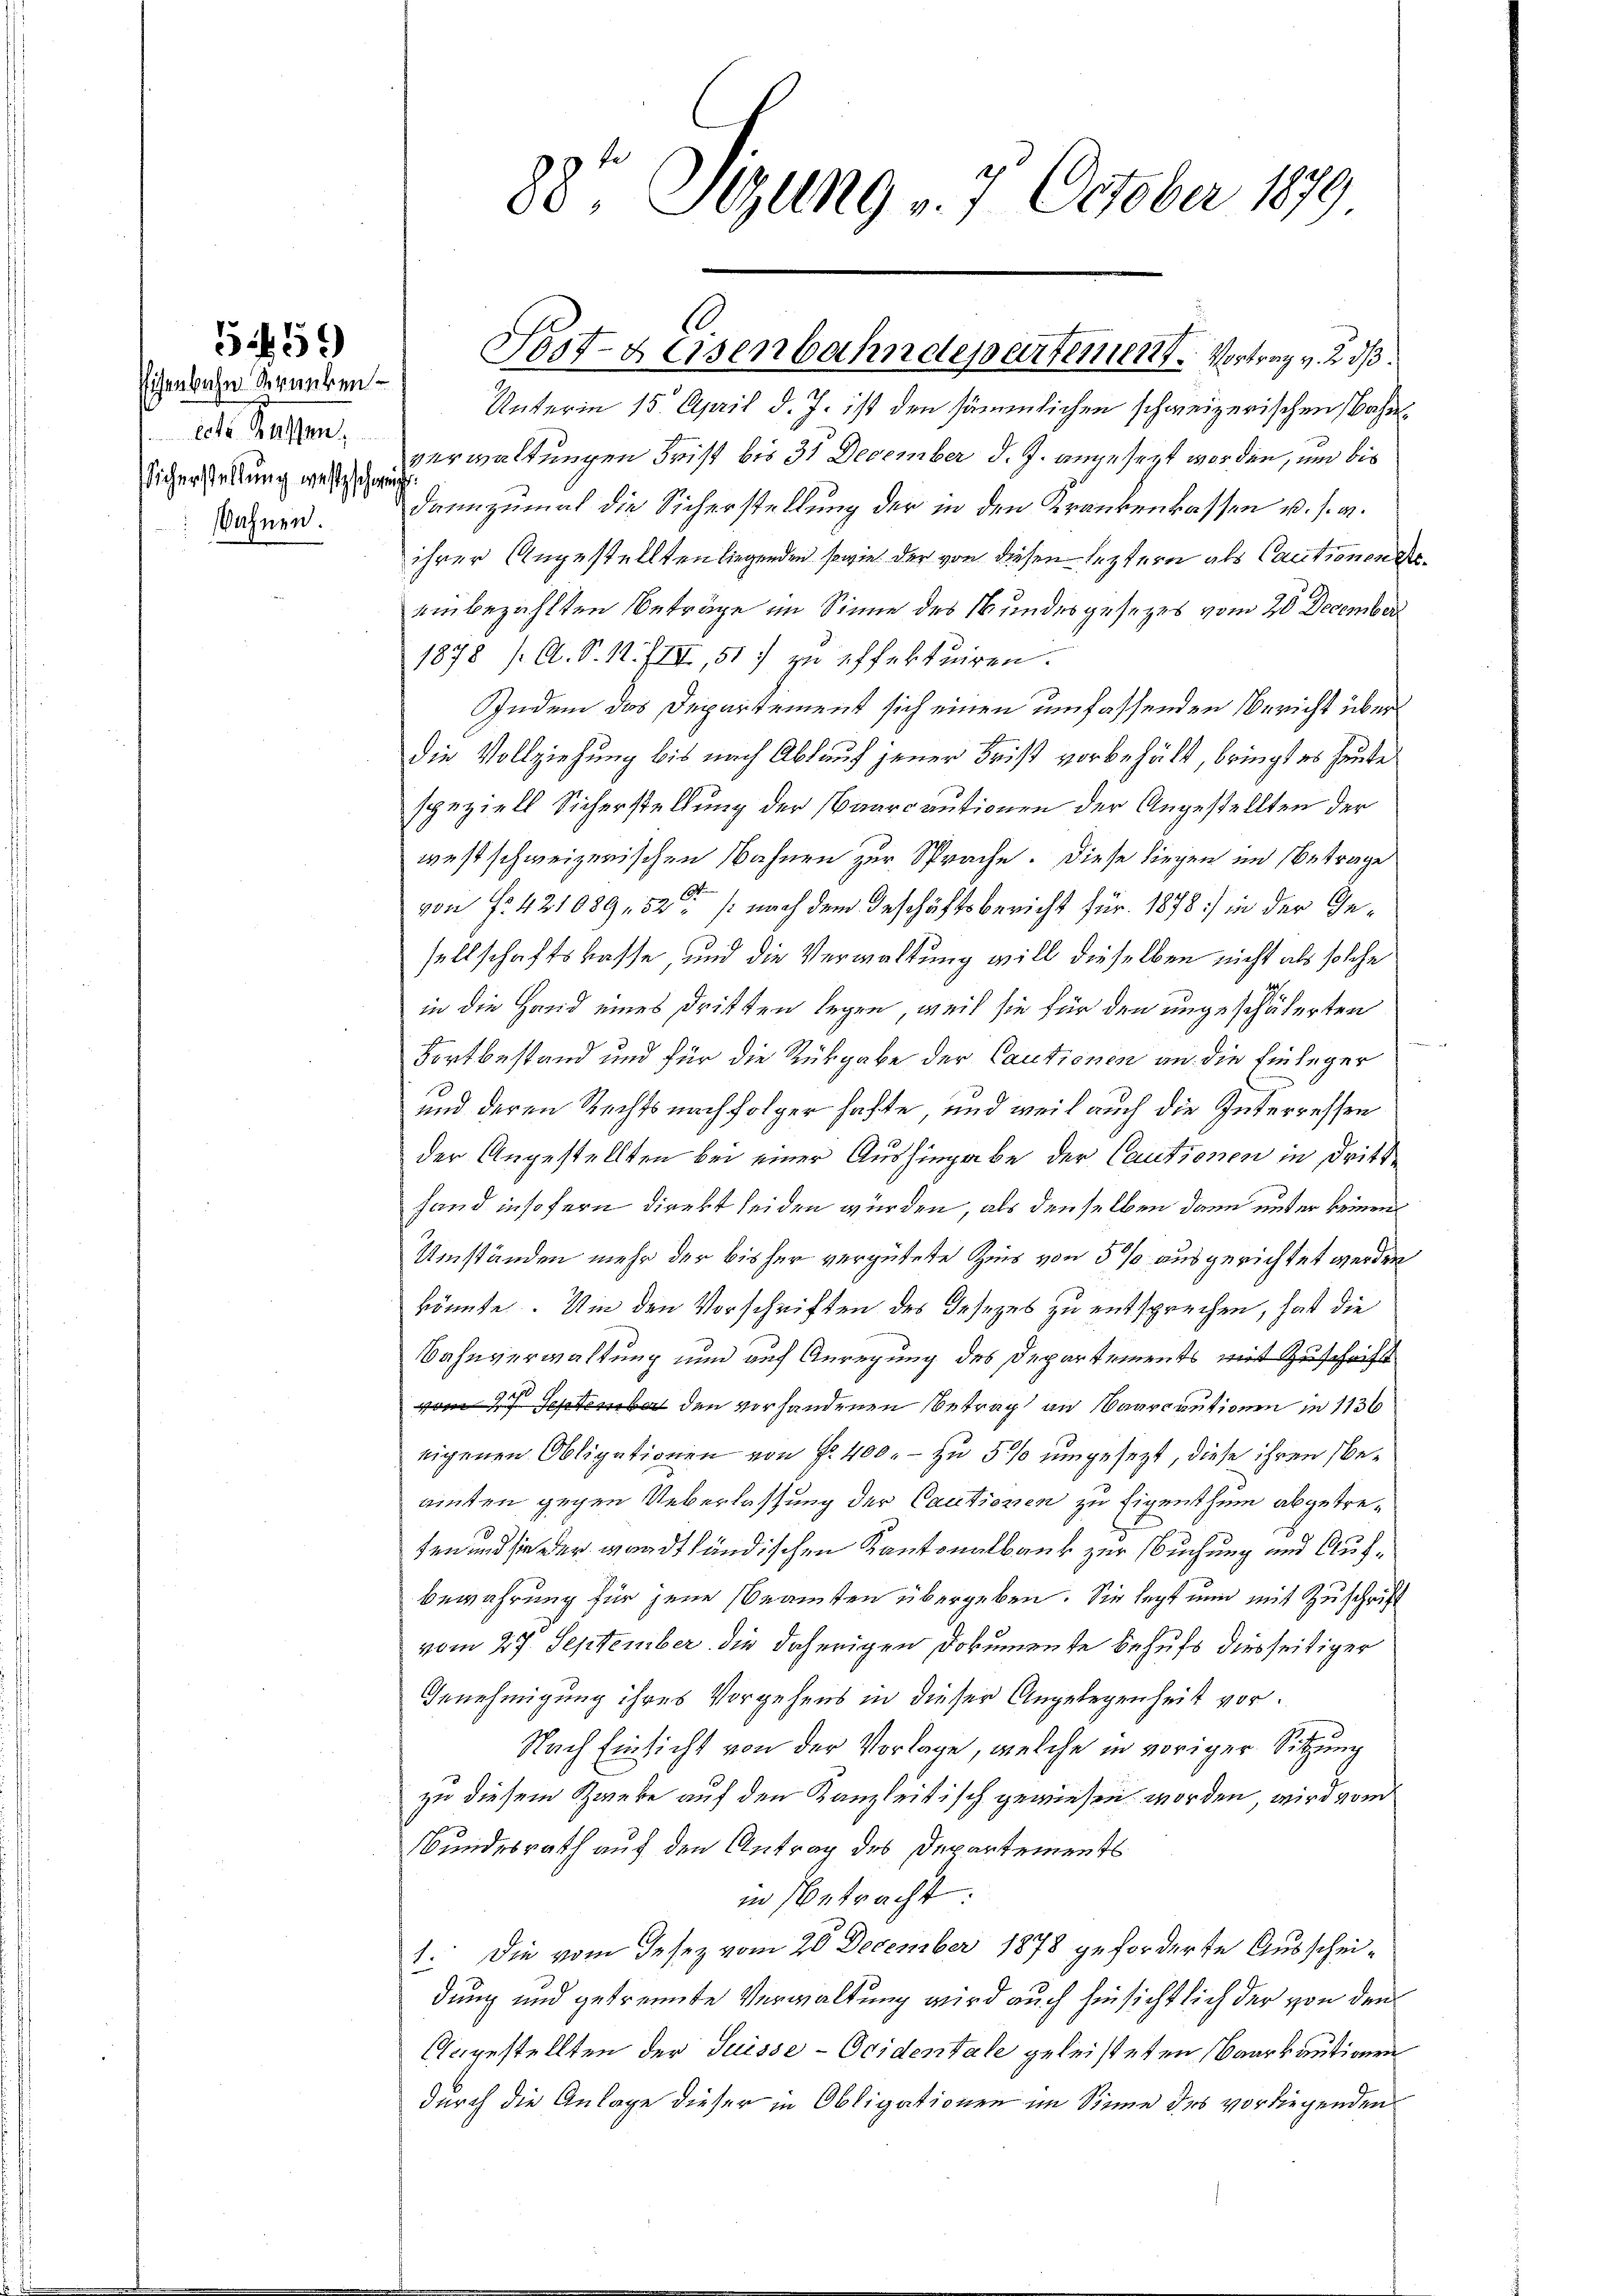
Eisenbahn kranken.
ecte Kassen.
Sicherstellung weste schwei
sahnen.

5459

88te Sitzung 17. October 1899

Unterm 15. April d. J. ist den sämmlichen schweizerischen Bahnverwaltungen Frist bis 31 December d. J. angesezt worden, und bis
dannzumal die Sicherstellung der in den Krankenkassen u. s. v.
ihrer Angestellten liegenden sowie der von diesen leztern als Cautionen de
einbezahlten Beträge im Sinne des Bundesgesetzes vom 20 December
1878 / A. S. 11. IIII, 51) zu effektuiren.
Indem das Departement sich einen umfassenden Bericht überdie Vollziehung bis nach Ablauf jener Frist vorbehält, bringt es heute
speziell Sicherstellung der Baurcautionen der Angestellten der
westschweizerischen Bahnen zur Sprache. Diese liegen im Betrage
von Fr. 421089, 52t /: nach dem Geschäftsbericht für 1878) in der Gesellschaftskasse und die Verwaltung will dieselben nicht als solche
in die Hand eines dritten legen, weil sie für den ungeschäferten
Fortbestand und für die Rückgabe der Cautionen an die Einleger
und deren Rechtsnachfolger hafte, und weil auch die Interressen
der Angestellten bei einer Aushingabe der Cautionen in Dritt
Hand insofern direkt seiden würden, als denselben dann unter keinen
Umständen mehr der bisher vergütete Zins von 5% ausgerichtet werden
könnte. Um den Vorschriften des Gesezes zu entsprechen, hat die
Bahnverwaltung und auf Anregung des Departements mit Zuschrift
vom 2ten den vorhandenen Betrag an Paarcautionen in 1136
eigenen Obligationen von f. 400. - zu 5 % umgesezt, diese ihren beamten gegen Ueberlassung der Cautionen zu Eigenthum abgetreten und sie der waadtländischen Kantonalbank zur suchung und Auf¬
Bewahrung für jene Beamten übergeben. Sie legt nun mit Zuschrift
vom 27. September die daherigen Dokumente behufs diesseitiger
Genehmigung ihres Vorgehens in dieser Angelegenheit vor.
Nach Einsicht von der Vorlage, welche in voriger Sitzung
zu diesem Zweke auf den Kanzleitisch gewiesen worden, wird vom
Bundesrath auf den Antrag des Departements
in Betracht.
1. Die vom Gesez vom 20 December 1878 geforderte Ausscheidung und getrennte Verwaltung wird auch hinsichtlich der von den
Angestellten der Suisse-Ocidentale geleisteten Baarkautionen
durch die Anlage dieser in Obligationen im Sinne des vorliegenden

Post- & Eisenbahndepartement. Vortrag v. 2. ds.